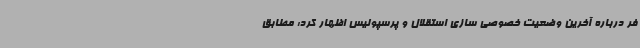
فر درباره آخرین وضعیت خصوصی سازی استقلال و پرسپولیس اظهار کرد: مطابق